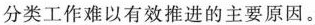
分类工作难以有效推进的主要原因。